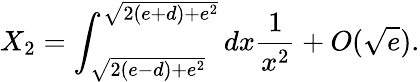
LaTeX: X_{2}=\int_{\sqrt{2(e-d)+e^{2}}}^{\sqrt{2(e+d)+e^{2}}}dx{\frac{1}{x^{2}}}+O(\sqrt{e}).